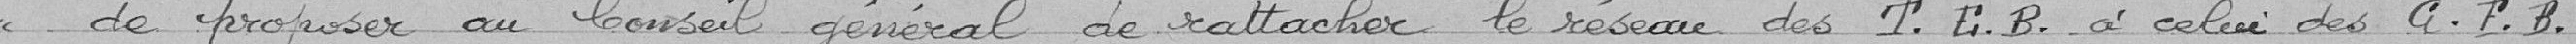
«de proposer au Conseil général de rattacher le réseau des T.E.B. à celui des G.F.B.